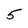
Character: 5